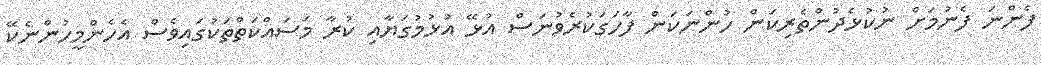
ފެންނަ ފެނުމަށް ނުކުޅެދުންތެރިކަން ހުންނަކަން ފާހަގަކުރެވުނަސް އުޅޭ އުޅުމުގަޔާއި ކުރާ މަސައްކަތްތަކުގައިވެސް އެހެންމީހުންނެކޭ